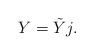
\begin{align*} Y=\tilde Yj. \end{align*}